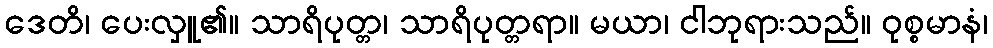
ဒေတိ၊ ပေးလှူ၏။ သာရိပုတ္တ၊ သာရိပုတ္တရာ။ မယာ၊ ငါဘုရားသည်။ ဝုစ္စမာနံ၊